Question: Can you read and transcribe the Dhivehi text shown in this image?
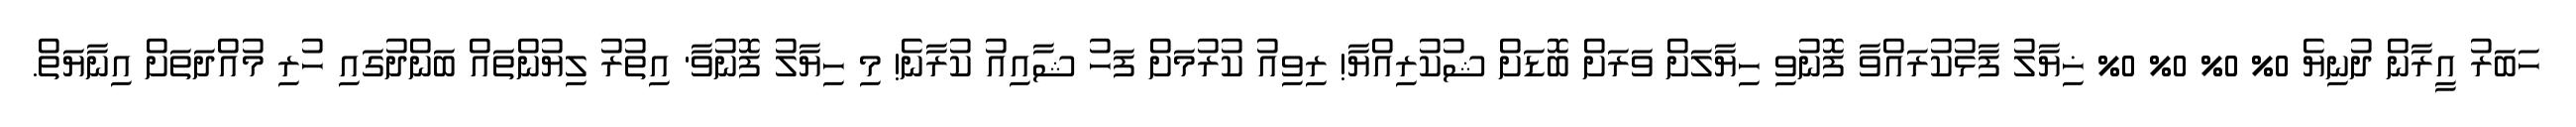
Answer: ހަބަރު އީރާން ދުނިޔެ 0% 0% 0% 0% ޚިޔާލު ފާޅުކުރައްވާ ފޮނުވި ހިޔާލަށް ވަރަށް ބޮޑަށް ޝުކުރިއްޔާ! ރިވިއު ކުރުމަށް ފަހު ޝާއިއު ކުރާނެ! މި ހިޔާލު ފޮނުވާ' އިތުރު ލިޔުންތައް ބަންދުގައި ހުރި މުއްދަތަށް އިނާޔަތް.